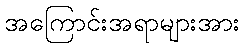
အကြောင်းအရာများအား